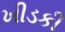
ખીડકી